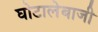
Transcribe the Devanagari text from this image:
घोटालेबाजी